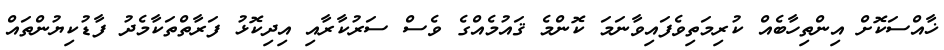
ޚާއްސަކޮށް އިންތިހާބެއް ކުރިމަތިވެފައިވާނަމަ ކޮންމެ ޤައުމެއްގެ ވެސް ސަރުކާރާއި އިދިކޮޅު ފަރާތްތަކާމެދު ފާޑުކިޔުންތައް